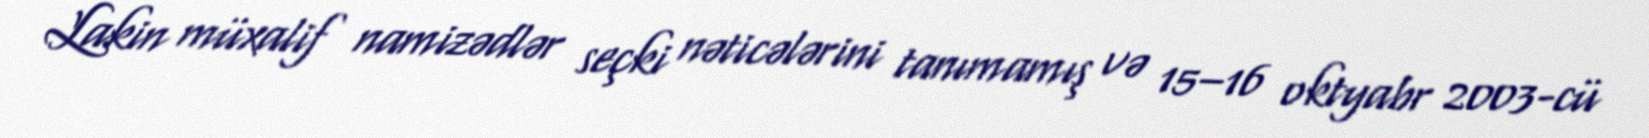
Lakin müxalif namizədlər seçki nəticələrini tanımamış və 15–16 oktyabr 2003-cü